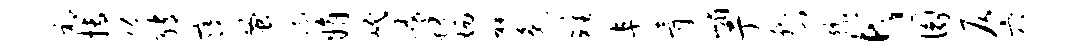
祁搏份绡寝蚤疏娟岷破蜷炳裨逸雉阜骨嵋亍嵇门豫何圜仄穴